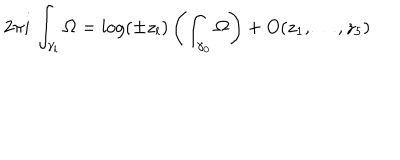
2 \pi i \, \int _ { \gamma _ { l } } \Omega = \log ( \pm z _ { l } ) \left( \int _ { \gamma _ { 0 } } \Omega \right) + O ( z _ { 1 } , \dots , z _ { 5 } )